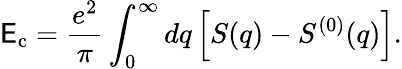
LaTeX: \mathsf{E}_{\mathrm{{c}}}=\frac{{e^{2}}}{{\pi}}\int_{0}^{\infty}dq\left[S(q)-S^{(0)}(q)\right].